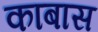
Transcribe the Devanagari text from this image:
काबास